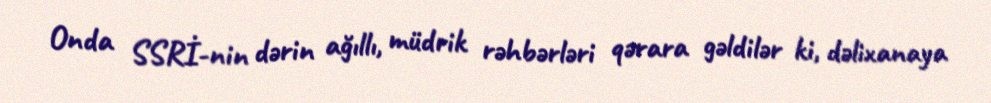
Onda SSRİ-nin dərin ağıllı, müdrik rəhbərləri qərara gəldilər ki, dəlixanaya